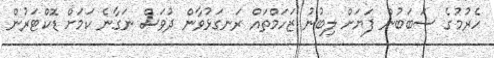
ހެރުމުގެ ސަބަބުން ފަޔަށް ލިބުނު ޒަހަމްތައް ރަނގަޅުވާން ދުވަސް ނަގާނެ ކަމަށް ޑޮކްޓަރުން